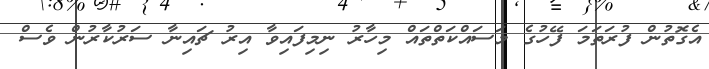
އެގޮތުން ފުރަތަމަ ފޭހުގެ މަސައްކަތްތައް މިހާރު ނިމިފައިވާ އިރު ޗައިނާ ސަރުކާރުން ވެސް